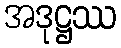
အဒုဋ္ဌဿ